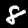
Digit: 8